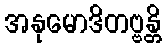
အနုမောဒိတဗ္ဗန္တိ